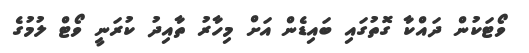
ވޯޓަކުން ދައްކާ ގޮތުގައި ބައިޑެން އަށް މިހާރު ތާއިދު ކުރަނީ ވޯޓް ލުމުގެ